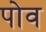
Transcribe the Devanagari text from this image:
पोव